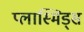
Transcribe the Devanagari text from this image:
प्लास्मिड्स